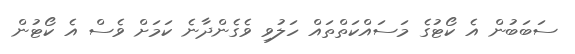
ސަބަބުން އެ ކޯޓުގެ މަސައްކަތްތައް ހަލުވި ވެގެންދާނެ ކަމަށް ވެސް އެ ކޯޓުން